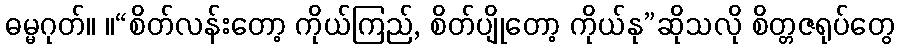
ဓမ္မဂုတ်။ ။“စိတ်လန်းတော့ ကိုယ်ကြည်, စိတ်ပျိုတော့ ကိုယ်နု”ဆိုသလို စိတ္တဇရုပ်တွေ